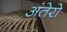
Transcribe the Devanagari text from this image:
अंतेरो